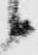
候